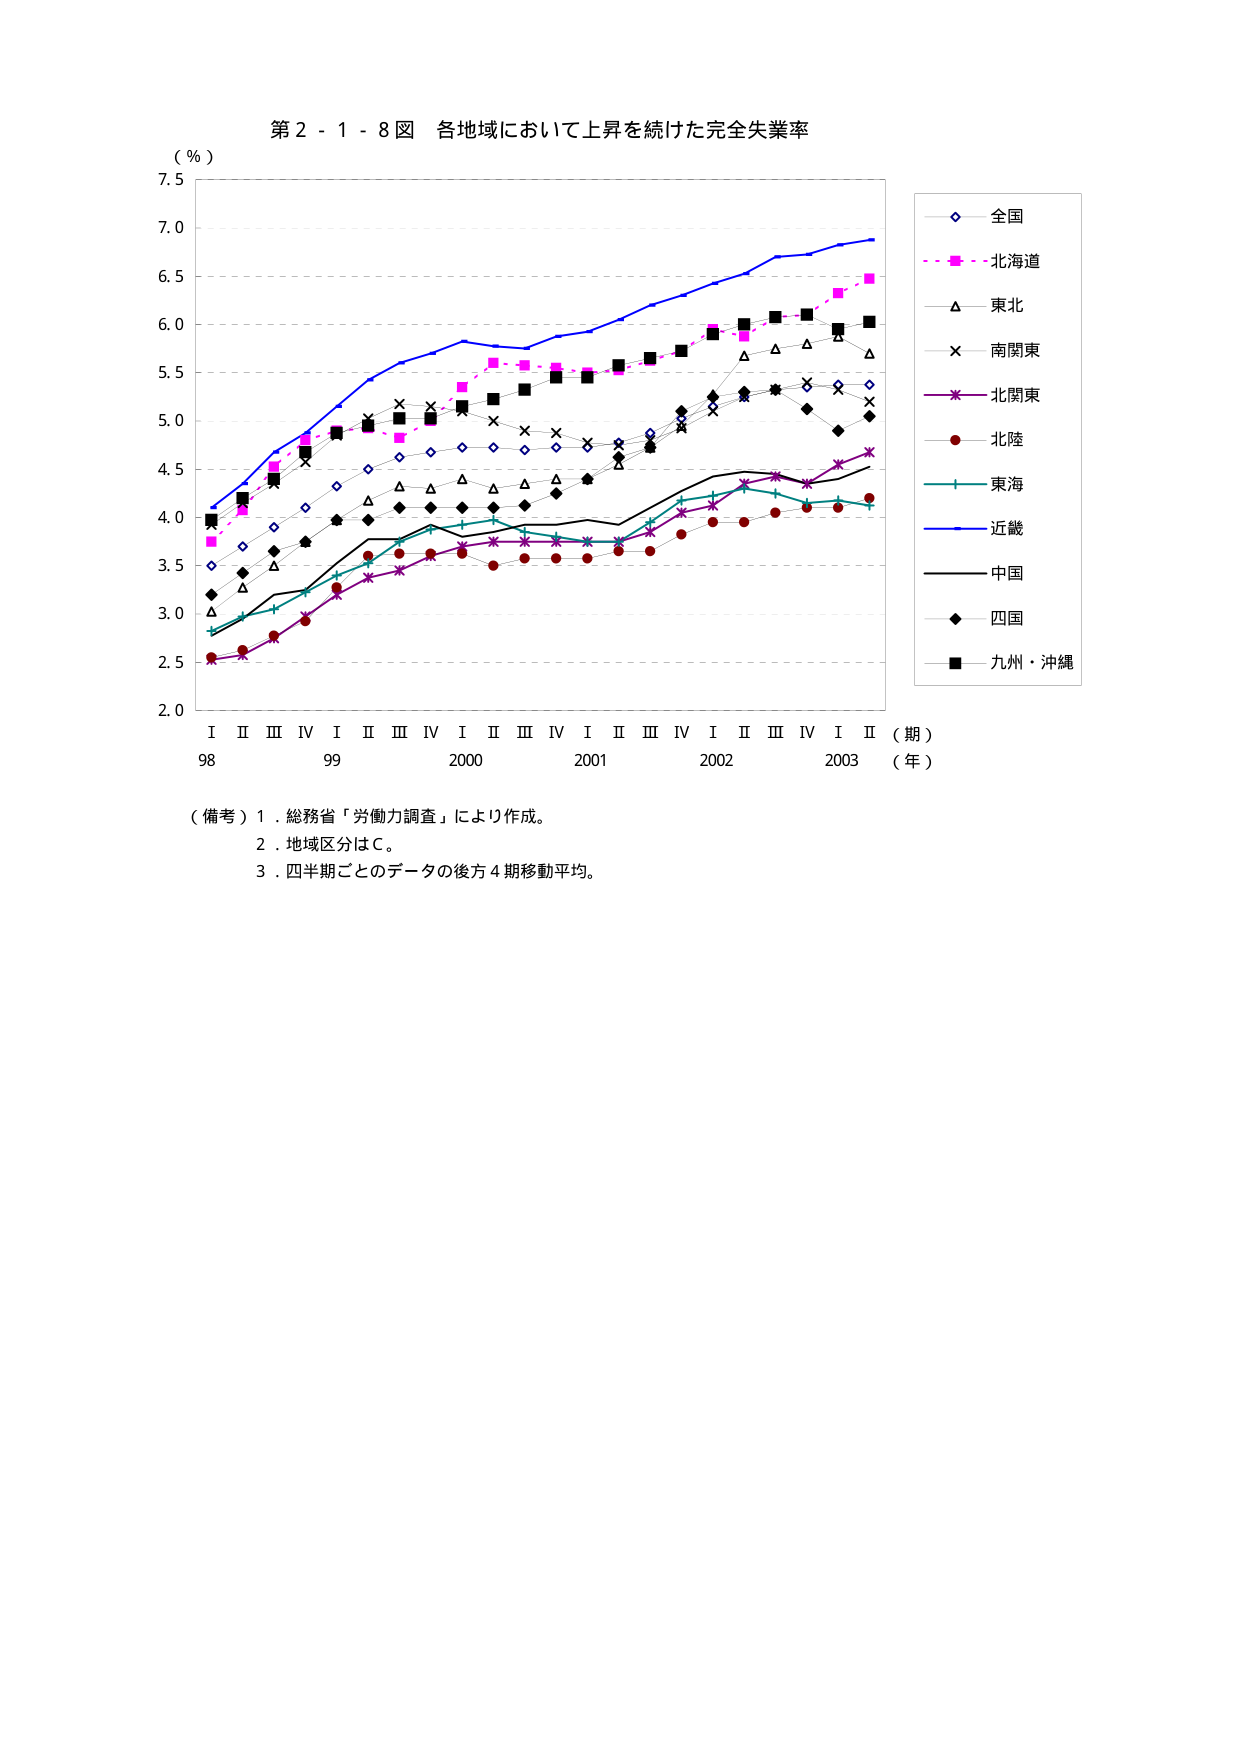
第２－１－８図 各地域において上昇を続けた完全失業率

（％）

7.5
7.0
6.5
6.0
5.5
5.0
4.5
4.0
3.5
3.0
2.5
2.0

Ｉ Ⅱ Ⅲ Ⅳ Ｉ Ⅱ Ⅲ Ⅳ Ｉ Ⅱ Ⅲ Ⅳ Ｉ Ⅱ Ⅲ Ⅳ Ｉ Ⅱ Ⅲ Ⅳ Ｉ Ⅱ
98 99 2000 2001 2002 2003
（期）
（年）

全国
北海道
東北
南関東
北関東
北陸
東海
近畿
中国
四国
九州・沖縄

（備考）１．総務省「労働力調査」により作成。
　　　２．地域区分はＣ。
　　　３．四半期ごとのデータの後方４期移動平均。